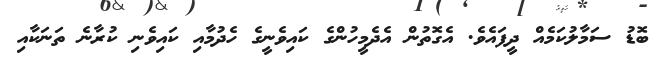
ބޮޑު ސަމާލުކަމެއް ދީފައެވެ. އެގޮތުން އެދެމީހުންގެ ކައިވެނީގެ ހެދުމާއި ކައިވެނި ކުރާނެ ތަނަކާއި